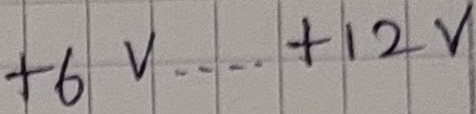
Text: +6V....+12VD1